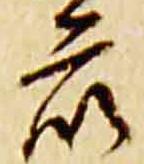
衆